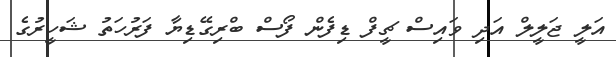
އަލީ ޖަލީލް އަދި ވައިސް ޗީފް ޑިފެން ފޯސް ބްރިގޭޑިޔާ ފަރުހަތު ޝަހީރުގެ